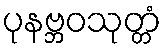
ပုနဗ္ဘဝသုတ္တံ